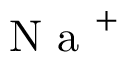
\mathrm { ~ N ~ a ~ } ^ { + }